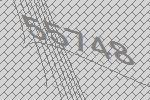
55748